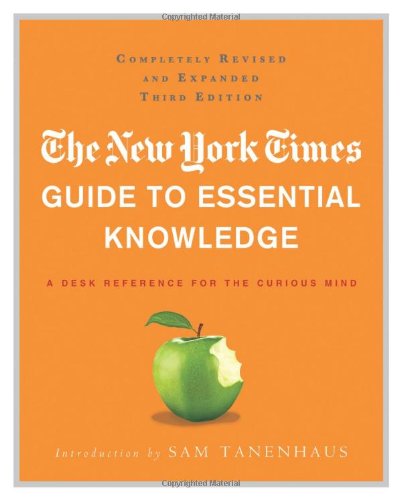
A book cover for The New York Times Guide to Essential Knowledge: A Desk Reference for the Curious Mind; The New York Times; Humor & Entertainment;